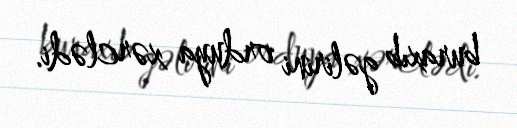
buraxıb gəlirini orduya xərclədi.